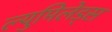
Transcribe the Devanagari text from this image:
ल्युमिलेड्स